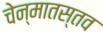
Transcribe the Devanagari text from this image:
चेन्मातस्तव